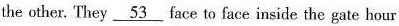
the other. They \underline{53} face to face inside the gate hour